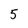
Character: 5